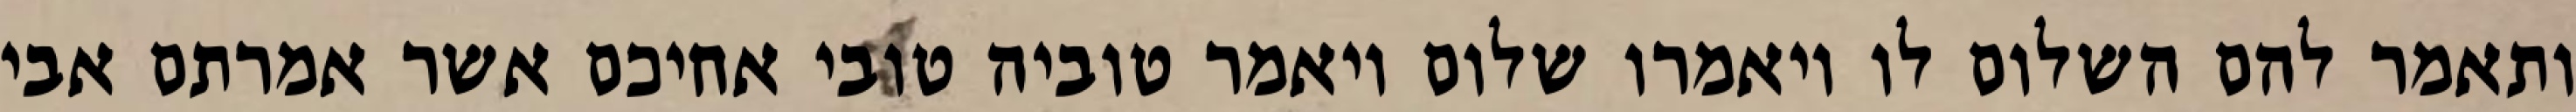
ותאמר להם השלום לו ויאמרו שלום ויאמר טוביה טובי אחיכם אשר אמרתם אבי